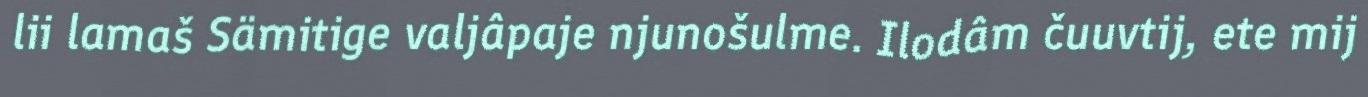
lii lamaš Sämitige valjâpaje njunošulme. Ilodâm čuuvtij, ete mij